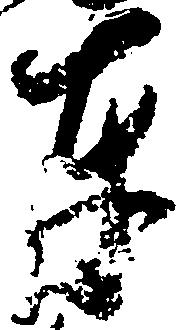
奉